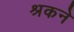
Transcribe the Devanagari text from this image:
श्रकने